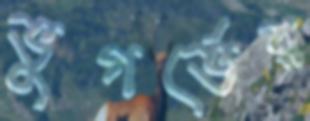
ভুগর্ভের